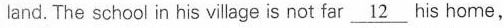
land. The school in his village is not far \underline{12} his home,